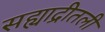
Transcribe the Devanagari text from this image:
सह्याद्रीतली